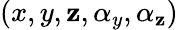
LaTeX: (x,y,\mathbf{z},\alpha_{y},\alpha_{\mathbf{z}})